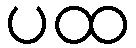
ပထ